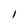
Character: I